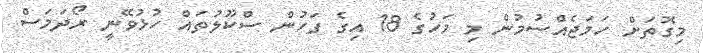
މިގޮތަށް ހަމަޖެއްސުމުން މި މަހުގެ 18 އިގެ ފަހުން ސްކޫލުތައް ހުޅުވޭނީ ރޯދަމަސް